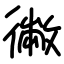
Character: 徶